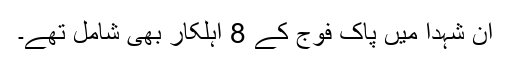
ان شہدا میں پاک فوج کے 8 اہلکار بھی شامل تھے۔